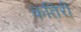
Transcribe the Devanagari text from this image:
कतिरी